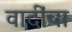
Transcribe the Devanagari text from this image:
वादींचा